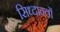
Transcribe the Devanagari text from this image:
सिध्दान्तों